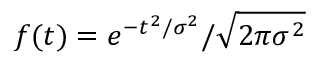
f ( t ) = e ^ { - t ^ { 2 } / \sigma ^ { 2 } } / \sqrt { 2 \pi \sigma ^ { 2 } }